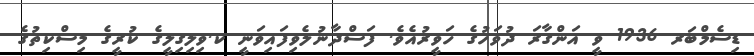
ޑިސެމްބަރ 1936 ވީ އަންގާރަ ދުވަހުގެ ހަވީރުއެވެ. ފަސްދާނުލެވިފައިވަނީ ކ.ވިލިގިލީގެ ކުރީގެ މިސްކިތުގެ